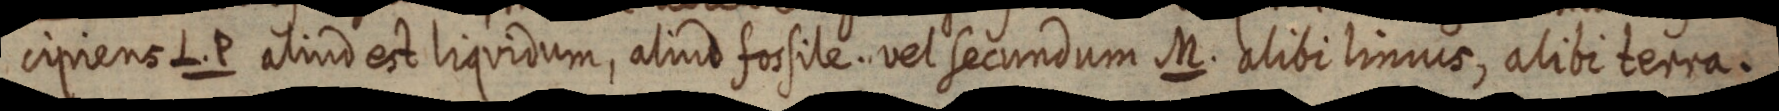
cipiens L. P aliud est liquidum, aliud fossile. vel secundum M. alibi limus, alibi terra.